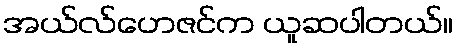
အယ်လ်ဟေဇင်က ယူဆပါတယ်။